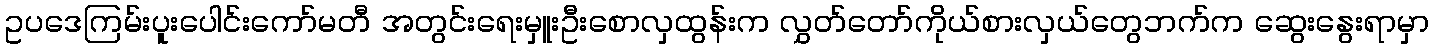
ဥပဒေကြမ်းပူးပေါင်းကော်မတီ အတွင်းရေးမှူးဦးစောလှထွန်းက လွှတ်တော်ကိုယ်စားလှယ်တွေဘက်က ဆွေးနွေးရာမှာ